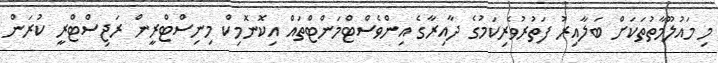
މި މައުލޫމާތުތަކަށް ބަލާއިރު ފަތުރުވެރިކަމުގެ ދާއިރާގެ އިންވެސްޓްމަންޓްތައް އިކޮނޮމިކް މިނިސްޓްރީން ރަޖިސްޓްރީ ކުރަން